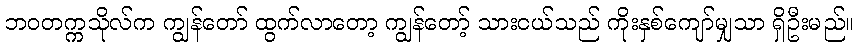
ဘဝတက္ကသိုလ်က ကျွန်တော် ထွက်လာတော့ ကျွန်တော့် သားငယ်သည် ကိုးနှစ်ကျော်မျှသာ ရှိဦးမည်။